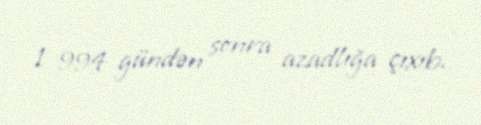
1 994 gündən sonra azadlığa çıxıb.